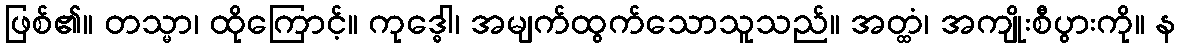
ဖြစ်၏။ တသ္မာ၊ ထိုကြောင့်။ ကုဒ္ဓေါ၊ အမျက်ထွက်သောသူသည်။ အတ္ထံ၊ အကျိုးစီပွားကို။ န